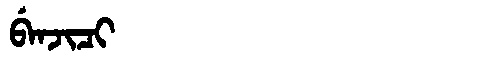
Manchu: ᠪᡝᠨᠵᡳᠴᡳ
Romanization: BENJICI